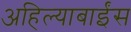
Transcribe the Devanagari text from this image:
अहिल्याबाईंस